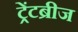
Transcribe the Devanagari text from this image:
ट्रेंटब्रीज